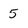
Character: 5